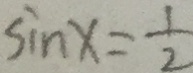
\sin x = \frac { 1 } { 2 }